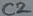
Text: C2